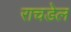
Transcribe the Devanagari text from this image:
राचडेल